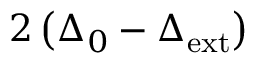
2 \left( \Delta _ { 0 } - \Delta _ { \mathrm { { e x t } } } \right)